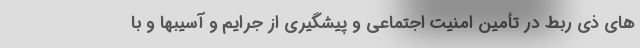
های ذی ربط در تأمین امنیت اجتماعی و پیشگیری از جرایم و آسیبها و با